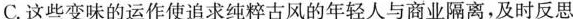
C.这些变味的运作使追求纯粹古风的年轻人与商业隔离，及时反思